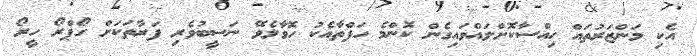
އެކި މަންޒަރުތައް ހިއްސާކޮށްލައްވައިގެން ކޮންމެ ހަފްތާއެކު ހޮވާލެވޭ ނަސީބުވެރި ފަރާތަކަށް ގޯޕްރޯ ހީރޯ